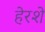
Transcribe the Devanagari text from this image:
हेरशे